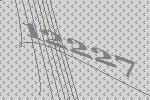
12227